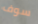
سوف